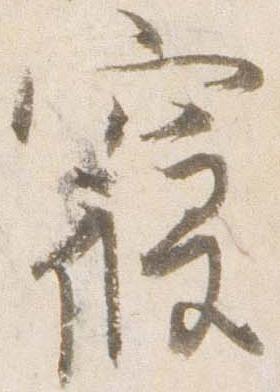
寝